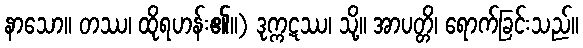
နာသော။ တဿ၊ ထိုရဟန်း၏။) ဒုက္ကဋဿ၊ သို့။ အာပတ္တိ၊ ရောက်ခြင်းသည်။